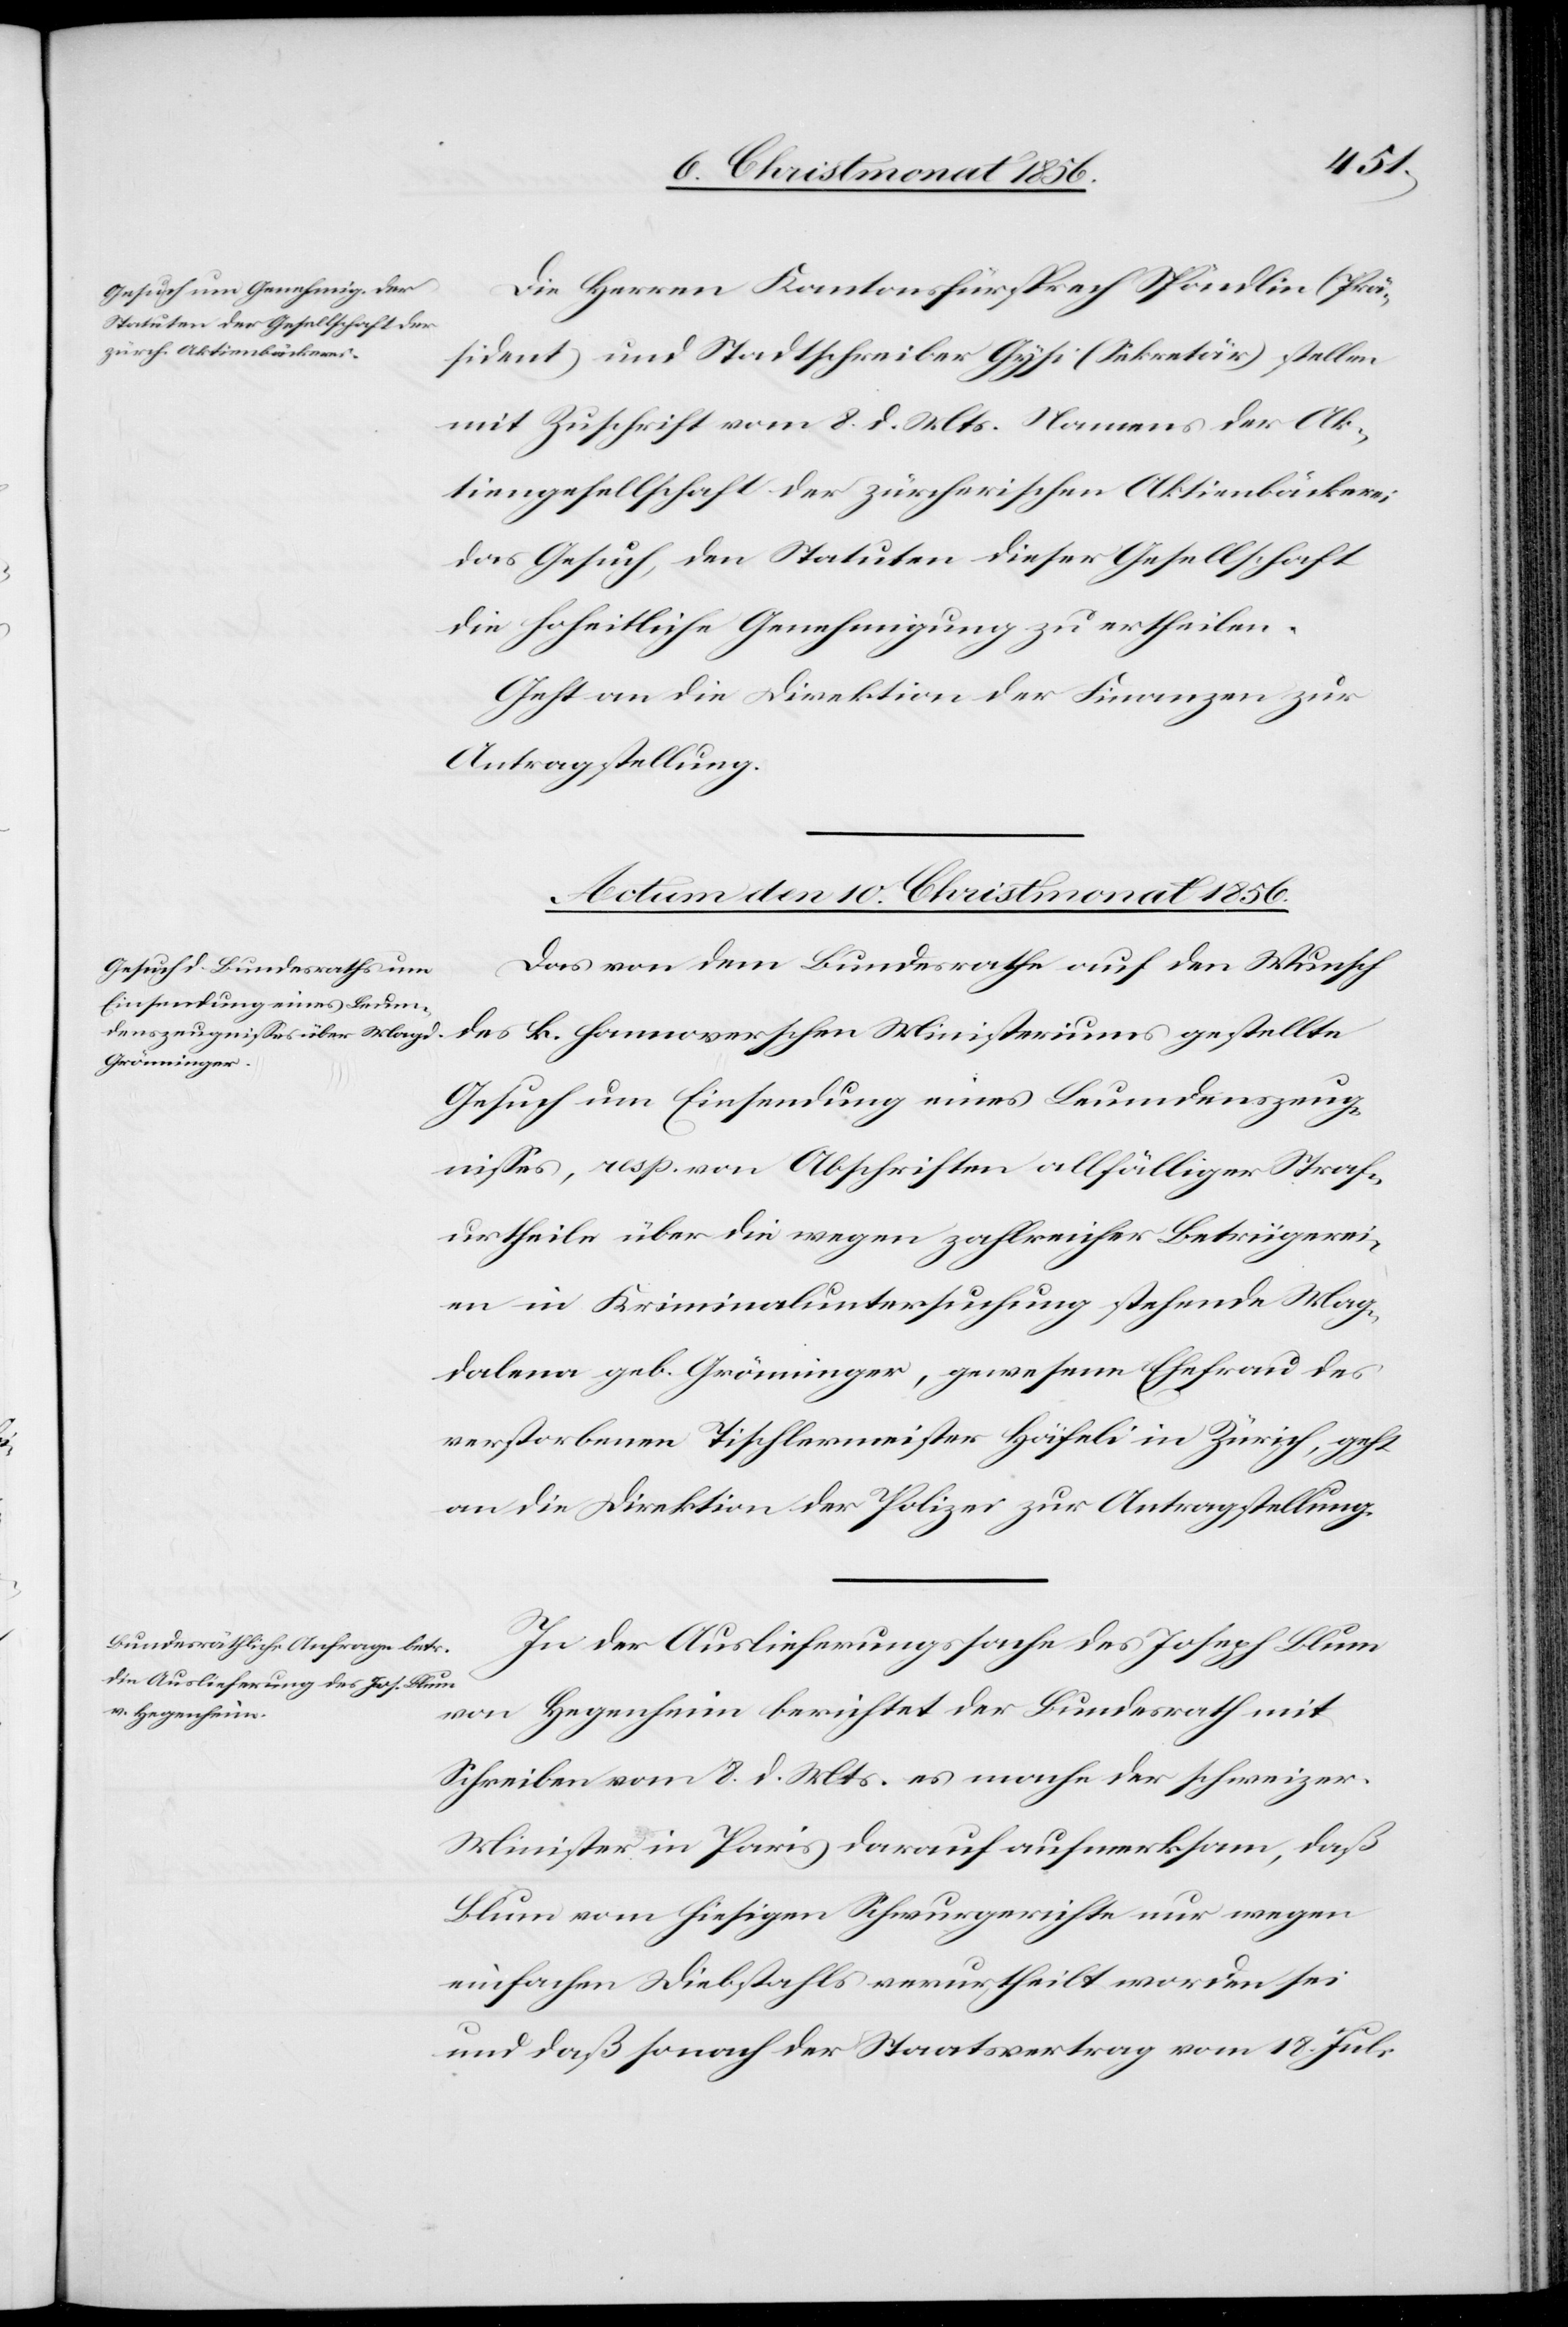
Die Herren Kantonsfürsprech Spöndlin (Prä¬
sident) und Stadtschreiber Gysi (Sekretär) stellen
mit Zuschrift vom 8. d. Mts. Namens der Ak¬
tiengesellschaft der zürcherischen Aktienbäckerei
das Gesuch, den Statuten dieser Gesellschaft
die hoheitliche Genehmigung zu ertheilen.
Geht an die Direktion der Finanzen zur
Antragstellung.
Actum den 10. Christmonat 1856.]
Das von dem Bundesrathe auf den Wunsch
des k. hannoverschen Ministeriums gestellte
Gesuch um Einsendung eines Leumdenszeug¬
nisses, resp. von Abschriften allfälliger Straf¬
urtheile über die wegen zahlreicher Betrügerei¬
en in Kriminaluntersuchung stehenden Mag¬
dalena geb. Grönninger, gewesene Ehefrau des
verstorbenen Tischlermeister Häfeli in Zürich, geht
an die Direktion der Polizei zur Antragstellung.
In Auslieferungssache des Joseph Blum
von Hegenheim berichtet der Bundesrath mit
Schreiben vom 8. d. Mts. es mache der schweizer.
Minister in Paris darauf aufmerksam, daß
Blum vom hiesigen Schwurgerichte nur wegen
einfachen Diebstahls verurtheilt worden sei
und daß sonach der Staatsvertrag vom 18. Juli